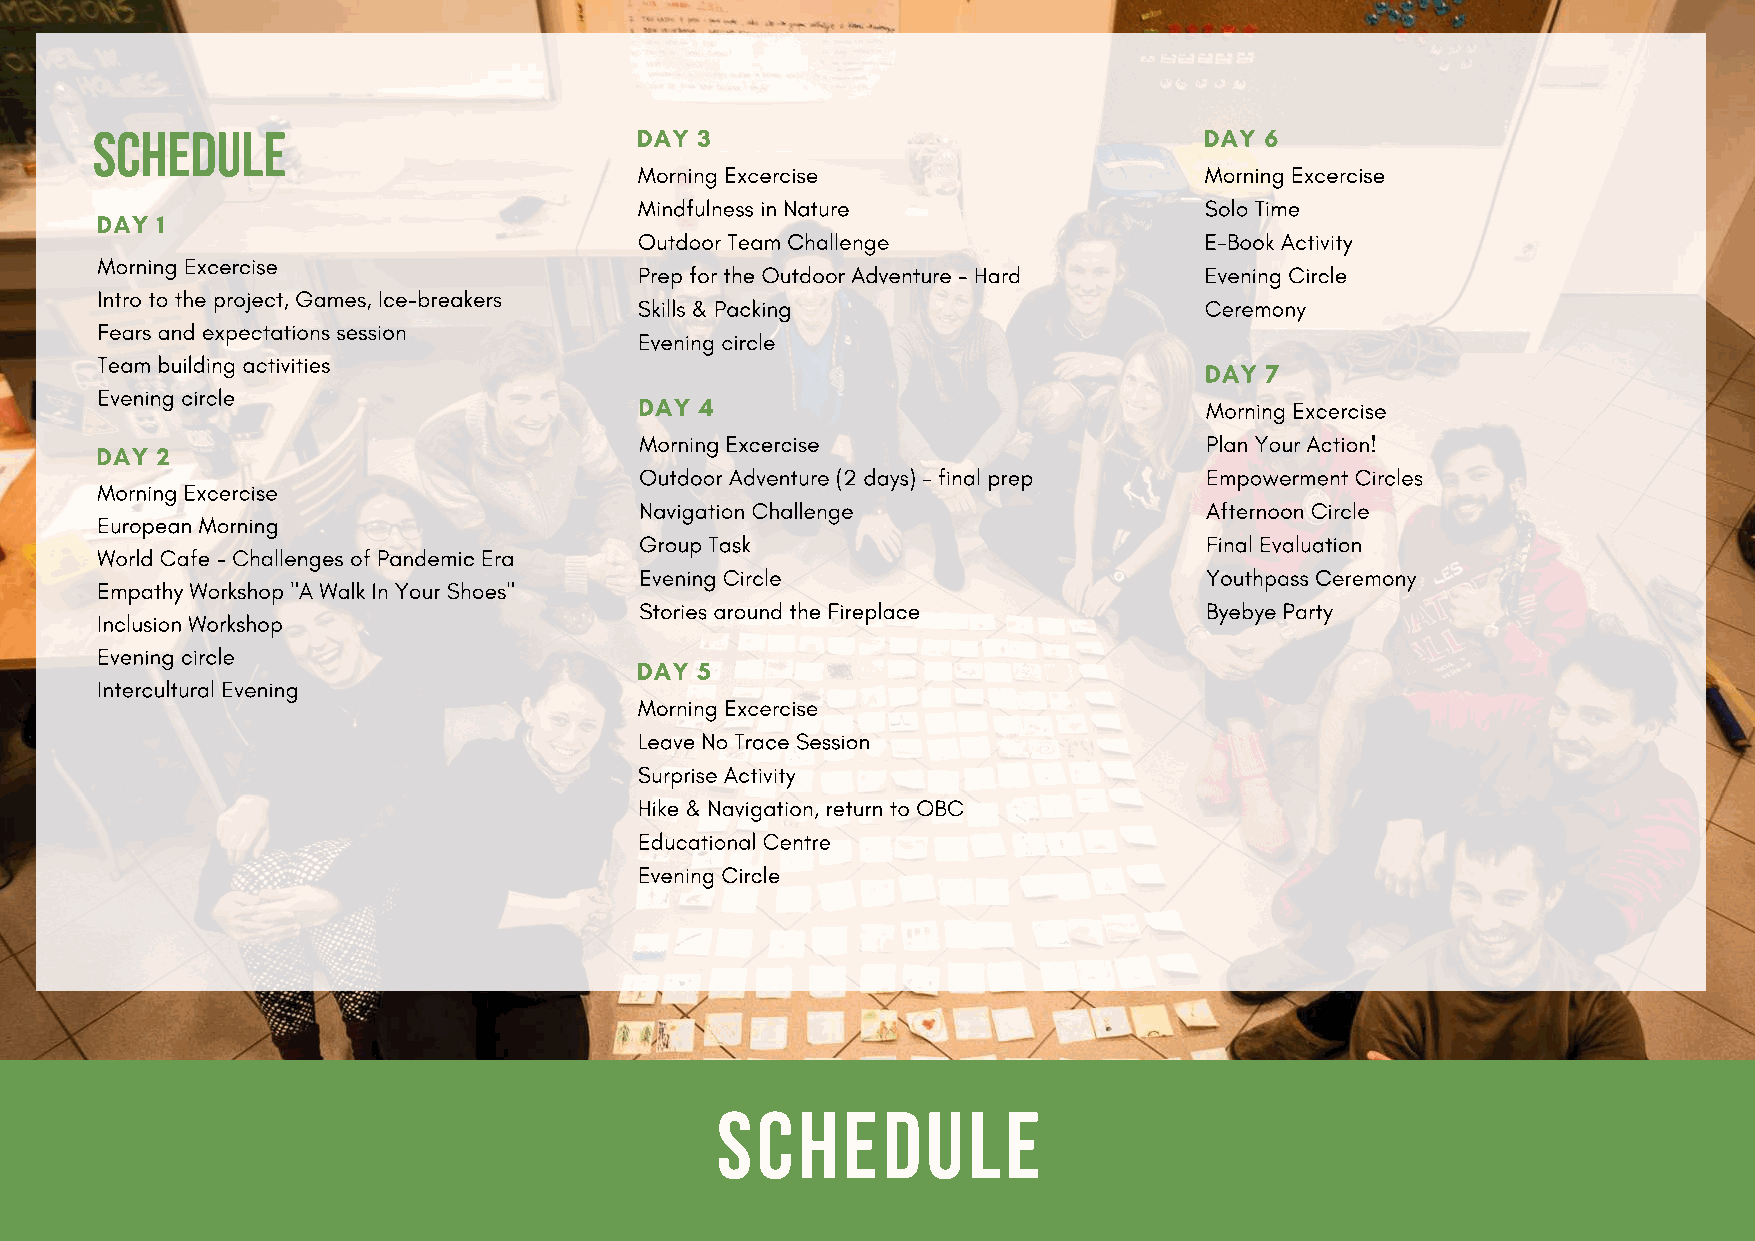
DAY 3                                 DAY 6
 SCHEDULE
 Morning Excercise                     Morning Excercise
 Mindfulness in Nature                 Solo Time
 DAY 1
 Outdoor Team Challenge                E-Book Activity
 Morning Excercise
 Prep for the Outdoor Adventure - Hard Evening Circle
 Intro to the project, Games, Ice-breakers
 Skills & Packing                      Ceremony
 Fears and expectations session
 Evening circle
 Team building activities
 DAY 7
 Evening circle
 DAY 4                                 Morning Excercise
 Morning Excercise                     Plan Your Action!
 DAY 2
 Outdoor Adventure (2 days) - final prep Empowerment Circles
 Morning Excercise
 Navigation Challenge                  Afternoon Circle
 European Morning
 Group Task                            Final Evaluation
 World Cafe - Challenges of Pandemic Era
 Evening Circle                        Youthpass Ceremony
 Empathy Workshop "A Walk In Your Shoes"
 Stories around the Fireplace          Byebye Party
 Inclusion Workshop
 Evening circle
 DAY 5
 Intercultural Evening
 Morning Excercise
 Leave No Trace Session
 Surprise Activity
 Hike & Navigation, return to OBC
 Educational Centre
 Evening Circle
 SCHEDULE